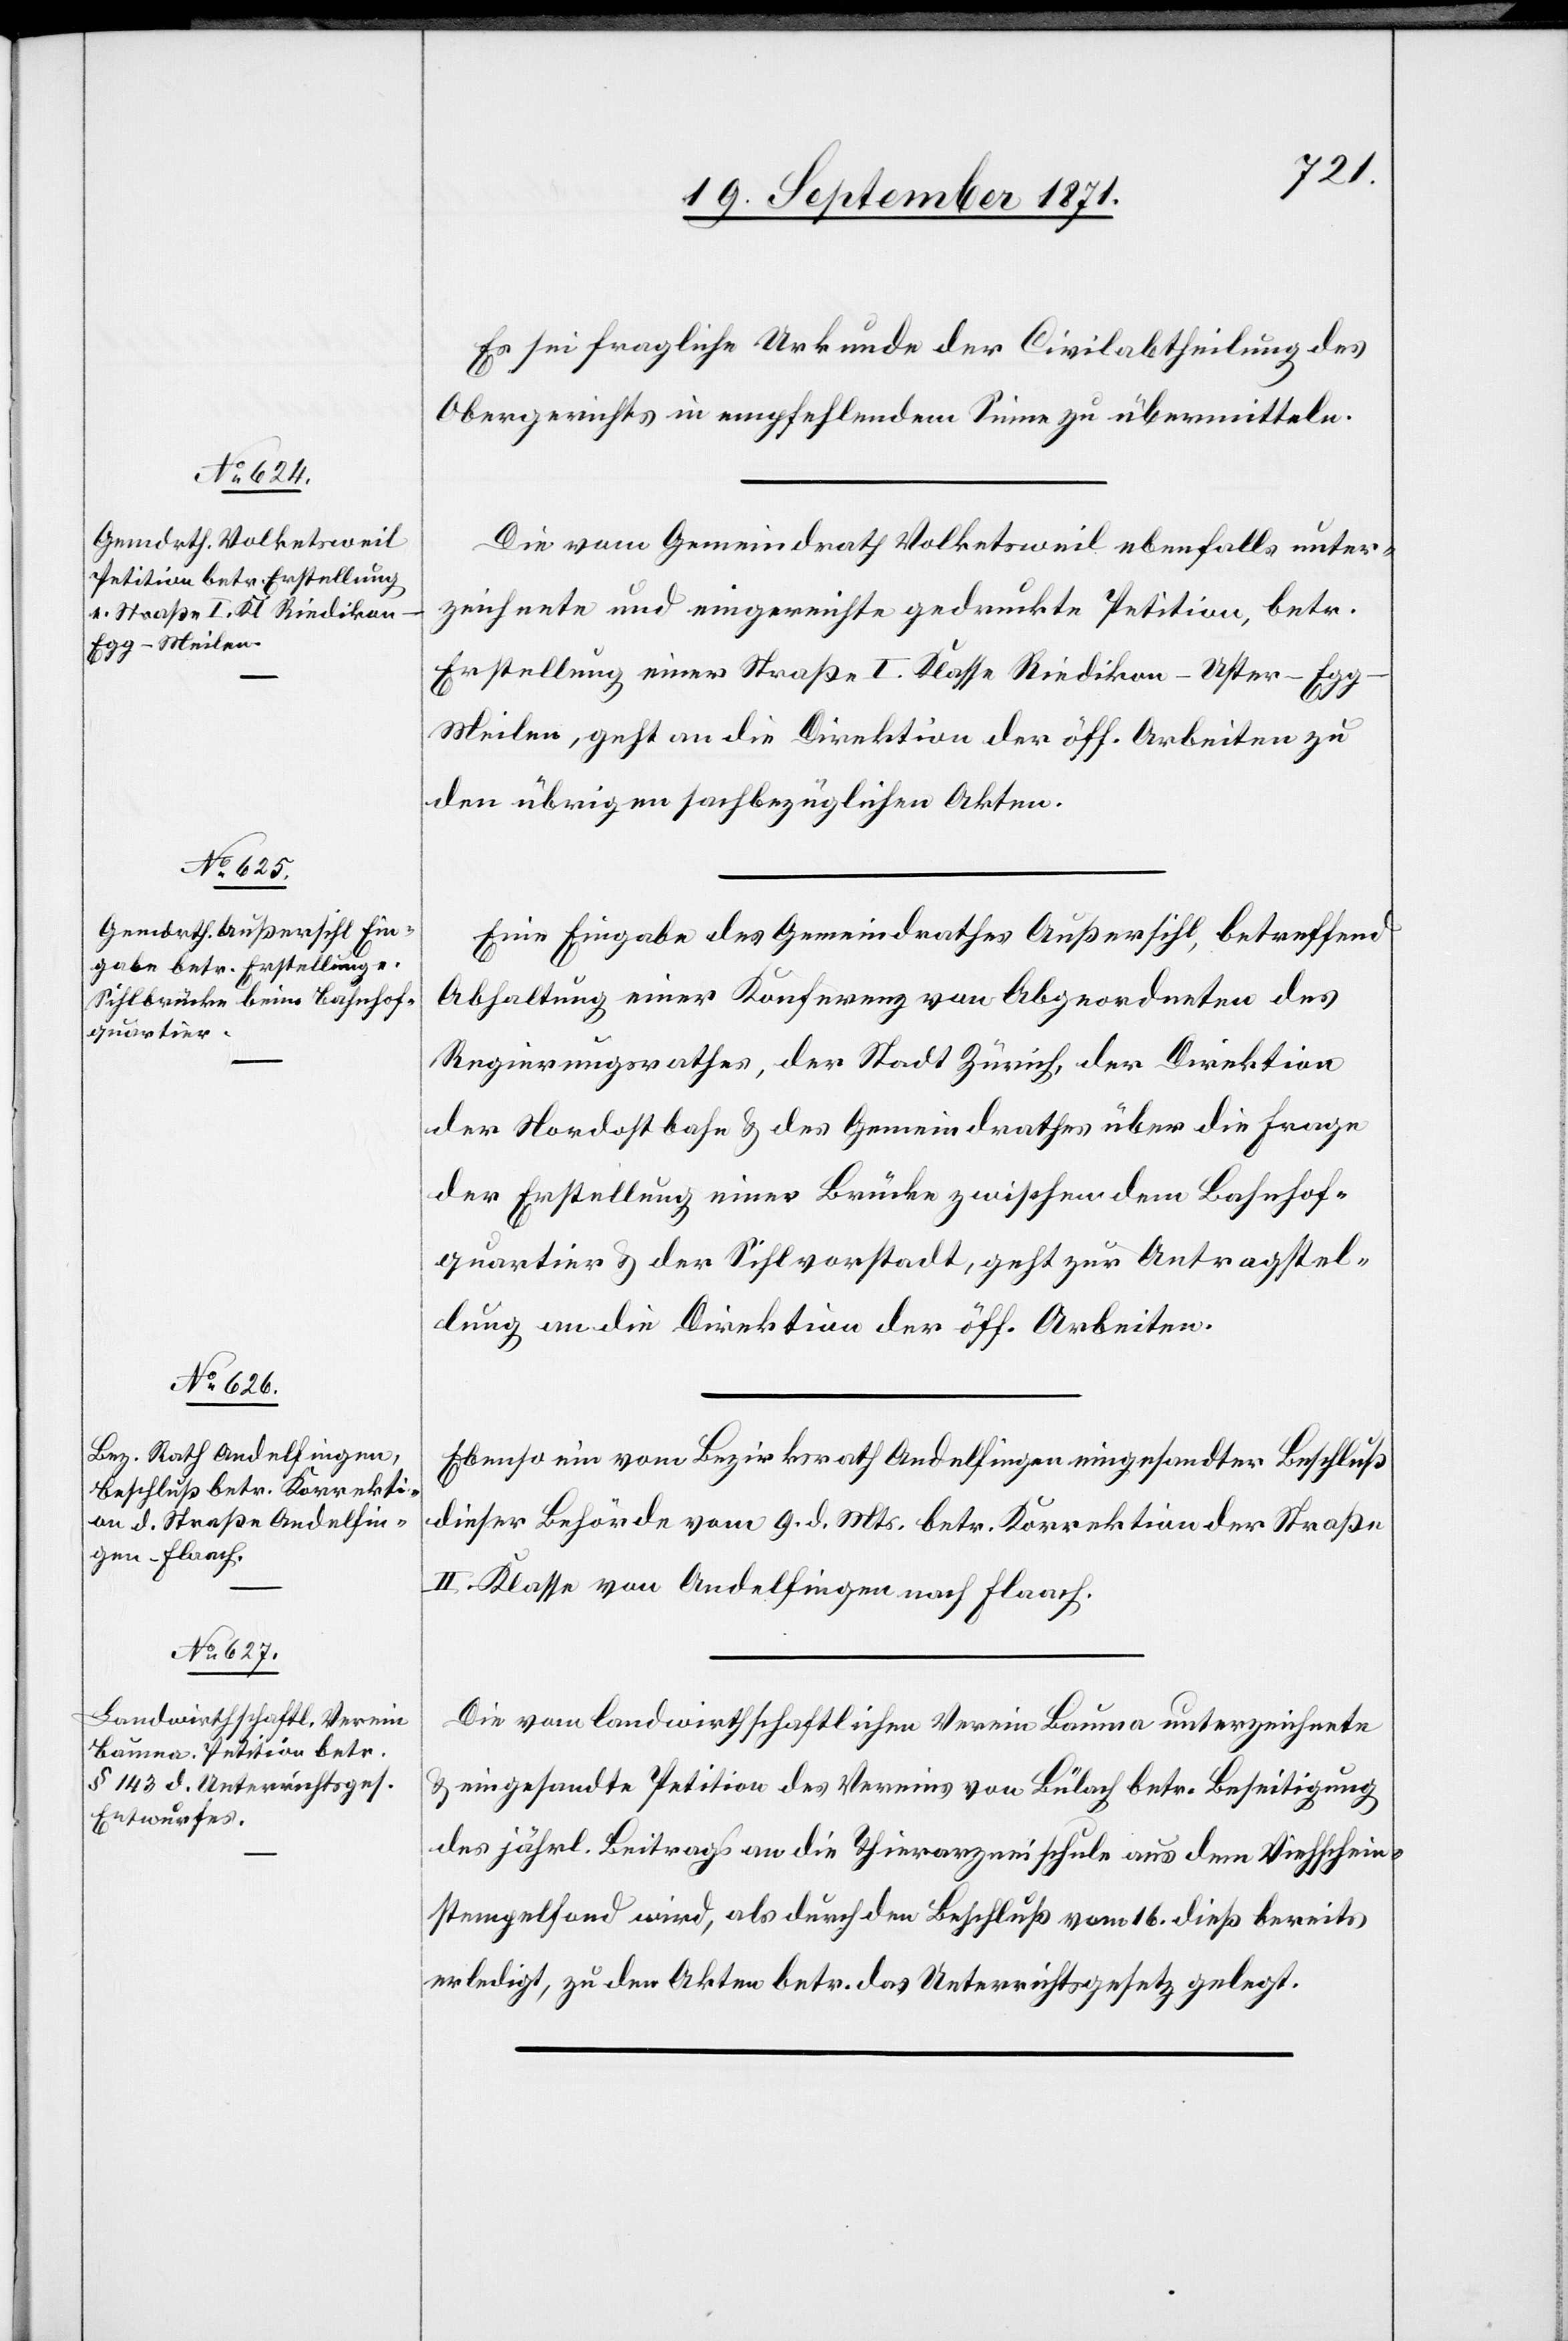
20. September 1871.]
Es sei fragliche Urkunde der Civilabtheilung des
Obergerichtes in empfehlendem Sinne zu übermitteln.
Die vom Gemeindrath Volketsweil ebenfalls unter¬
zeichnete und eingereichte gedruckte Petition, betr.
Erstellung einer Straße I. Klasse Riedikon–Uster–Eg¬
g–Meilen, geht an die Direktion der öff. Arbeiten zu
den übrigen sachbezüglichen Akten.
Eine Eingabe des Gemeindrathes Außersihl, betreffend
Abhaltung einer Konferenz von Abgeordneten des
Regierungsrathes, der Stadt Zürich, der Direktion
der Nordostbahn & des Gemeindrathes über die Frage
der Erstellung einer Brücke zwischen dem Bahnhof¬
quartier & der Sihlvorstadt, geht zur Antragstel¬
lung an die Direktion der öff. Arbeiten.
Ebenso ein vom Bezirksrath Andelfingen eingesandter Beschluß
dieser Behörde vom 9. d. Mts. betr. Korrektion der Straße
II. Klasse von Andelfingen nach Flaach.
Die vom landwirthschaftlichen Verein Bauma unterzeichnete
& eingesandte Petition des Vereins von Bülach betr. Beseitigung
des jährl. Beitrags an die Tierarzneischule aus dem Viehschein¬
stempelfond wird, als durch den Beschluß vom 16. dieß bereits
erledigt, zu den Akten betr. das Unterrichtsgesetz gelegt.